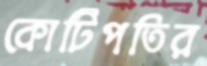
কোটিপতির